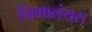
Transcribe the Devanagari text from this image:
निगालंय्‌स